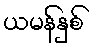
ယမန်နှစ်